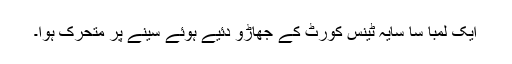
ایک لمبا سا سایہ ٹینس کورٹ کے جھاڑو دئیے ہُوئے سینے پر متحرک ہُوا۔